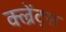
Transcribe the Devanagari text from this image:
क्ल्रेंट्स